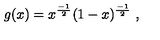
g ( x ) = x ^ { \frac { - 1 } { 2 } } ( 1 - x ) ^ { \frac { - 1 } { 2 } } \ ,